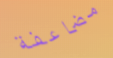
مضاعفة